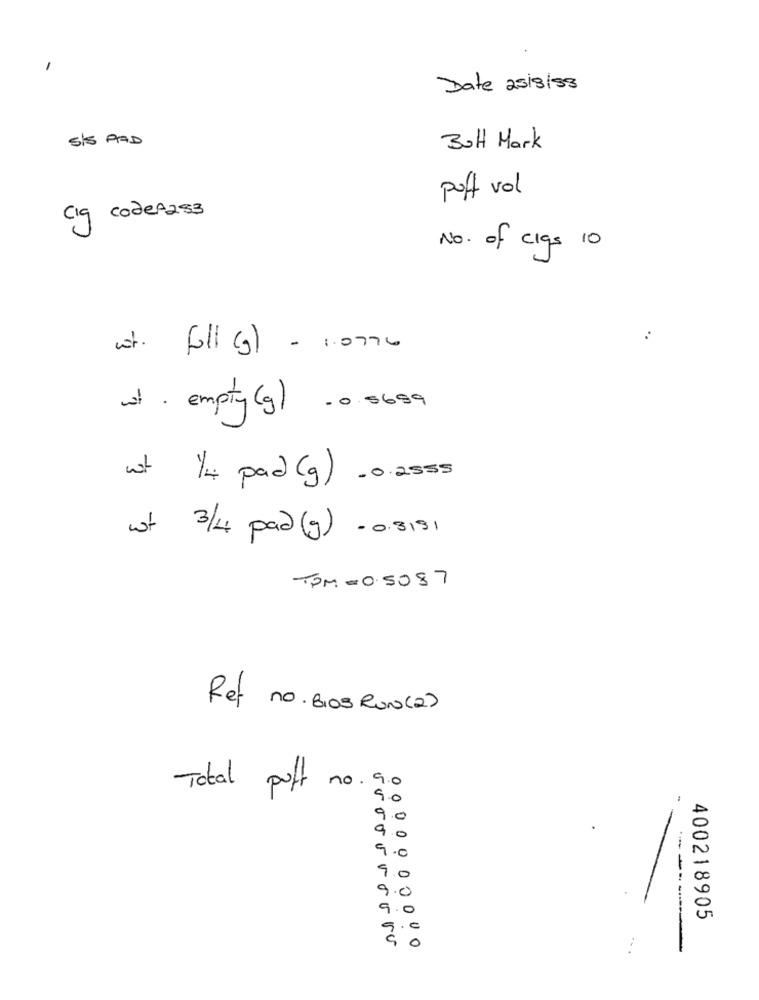
Date 25/9/98
SIS PAD
But Mark
puff vol
CIq codeA283
No. of ciqs 10
ust.
full (g) - 1.0776
wt . empty (g) .0 5699
ust 1/4 pad (g ) .0 2555
wt 3/4 pad (g) - 0.3191
TOM -0.5087
Ref no. BIOS RUN(2)
Total puff no. 9.0
9.0
9.0
9
1.0
9.0
9
9
0
400218905
0